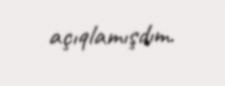
açıqlamışdım.